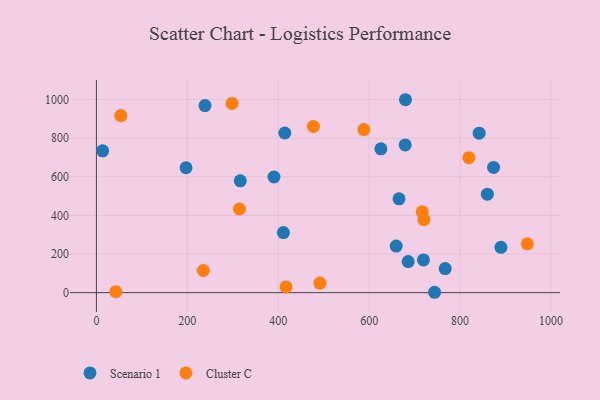
{"axis": {"x": "Speed", "y": "Salary"}, "legend": ["Cluster C", "Scenario 1"], "data": [{"x": "767.2", "y": 124.9, "type": "Scenario 1"}, {"x": "679.8", "y": 998.8, "type": "Scenario 1"}, {"x": "719.4", "y": 169.7, "type": "Scenario 1"}, {"x": "390.6", "y": 598.7, "type": "Scenario 1"}, {"x": "197.2", "y": 646.6, "type": "Scenario 1"}, {"x": "679.2", "y": 764.7, "type": "Scenario 1"}, {"x": "414.4", "y": 826.5, "type": "Scenario 1"}, {"x": "13.7", "y": 734.3, "type": "Scenario 1"}, {"x": "659.5", "y": 241.1, "type": "Scenario 1"}, {"x": "316.5", "y": 579.0, "type": "Scenario 1"}, {"x": "625.8", "y": 744.5, "type": "Scenario 1"}, {"x": "873.6", "y": 648.5, "type": "Scenario 1"}, {"x": "238.9", "y": 968.3, "type": "Scenario 1"}, {"x": "743.9", "y": 2.0, "type": "Scenario 1"}, {"x": "685.8", "y": 160.8, "type": "Scenario 1"}, {"x": "665.6", "y": 485.9, "type": "Scenario 1"}, {"x": "860.0", "y": 509.8, "type": "Scenario 1"}, {"x": "841.9", "y": 825.7, "type": "Scenario 1"}, {"x": "411.4", "y": 310.9, "type": "Scenario 1"}, {"x": "889.9", "y": 234.6, "type": "Scenario 1"}, {"x": "588.3", "y": 844.3, "type": "Cluster C"}, {"x": "491.7", "y": 49.5, "type": "Cluster C"}, {"x": "42.6", "y": 5.1, "type": "Cluster C"}, {"x": "235.2", "y": 114.8, "type": "Cluster C"}, {"x": "477.4", "y": 860.8, "type": "Cluster C"}, {"x": "53.8", "y": 916.6, "type": "Cluster C"}, {"x": "948.0", "y": 252.6, "type": "Cluster C"}, {"x": "819.4", "y": 698.8, "type": "Cluster C"}, {"x": "720.4", "y": 377.8, "type": "Cluster C"}, {"x": "716.7", "y": 418.4, "type": "Cluster C"}, {"x": "314.7", "y": 433.2, "type": "Cluster C"}, {"x": "417.2", "y": 29.5, "type": "Cluster C"}, {"x": "298.4", "y": 979.9, "type": "Cluster C"}]}